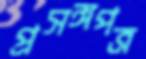
প্রসঙ্গপত্র